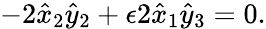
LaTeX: -2\hat{x}_{2}\hat{y}_{2}+\epsilon 2\hat{x}_{1}\hat{y}_{3}=0.